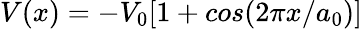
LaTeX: V(x)=-V_{0}[1+cos(2\pi x/a_{0})]